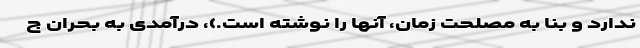
ندارد و بنا به مصلحت زمان، آنها را نوشته است.)، درآمدی به بحران ج